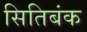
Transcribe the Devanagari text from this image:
सितिबंक